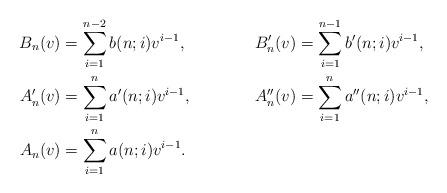
LaTeX: \begin{align*}B_n(v)&=\sum_{i=1}^{n-2}b(n;i)v^{i-1}, &&B'_n(v)=\sum_{i=1}^{n-1}b'(n;i)v^{i-1},\\ A'_n(v)&=\sum_{i=1}^na'(n;i)v^{i-1}, &&A''_n(v)=\sum_{i=1}^na''(n;i)v^{i-1},\\ A_n(v)&=\sum_{i=1}^na(n;i)v^{i-1}. \end{align*}